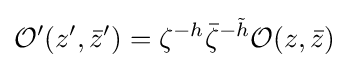
{\mathcal {O}}'(z',{\bar {z}}')=\zeta ^{-h}{\bar {\zeta }}^{-{\tilde {h}}}{\mathcal {O}}(z,{\bar {z}})